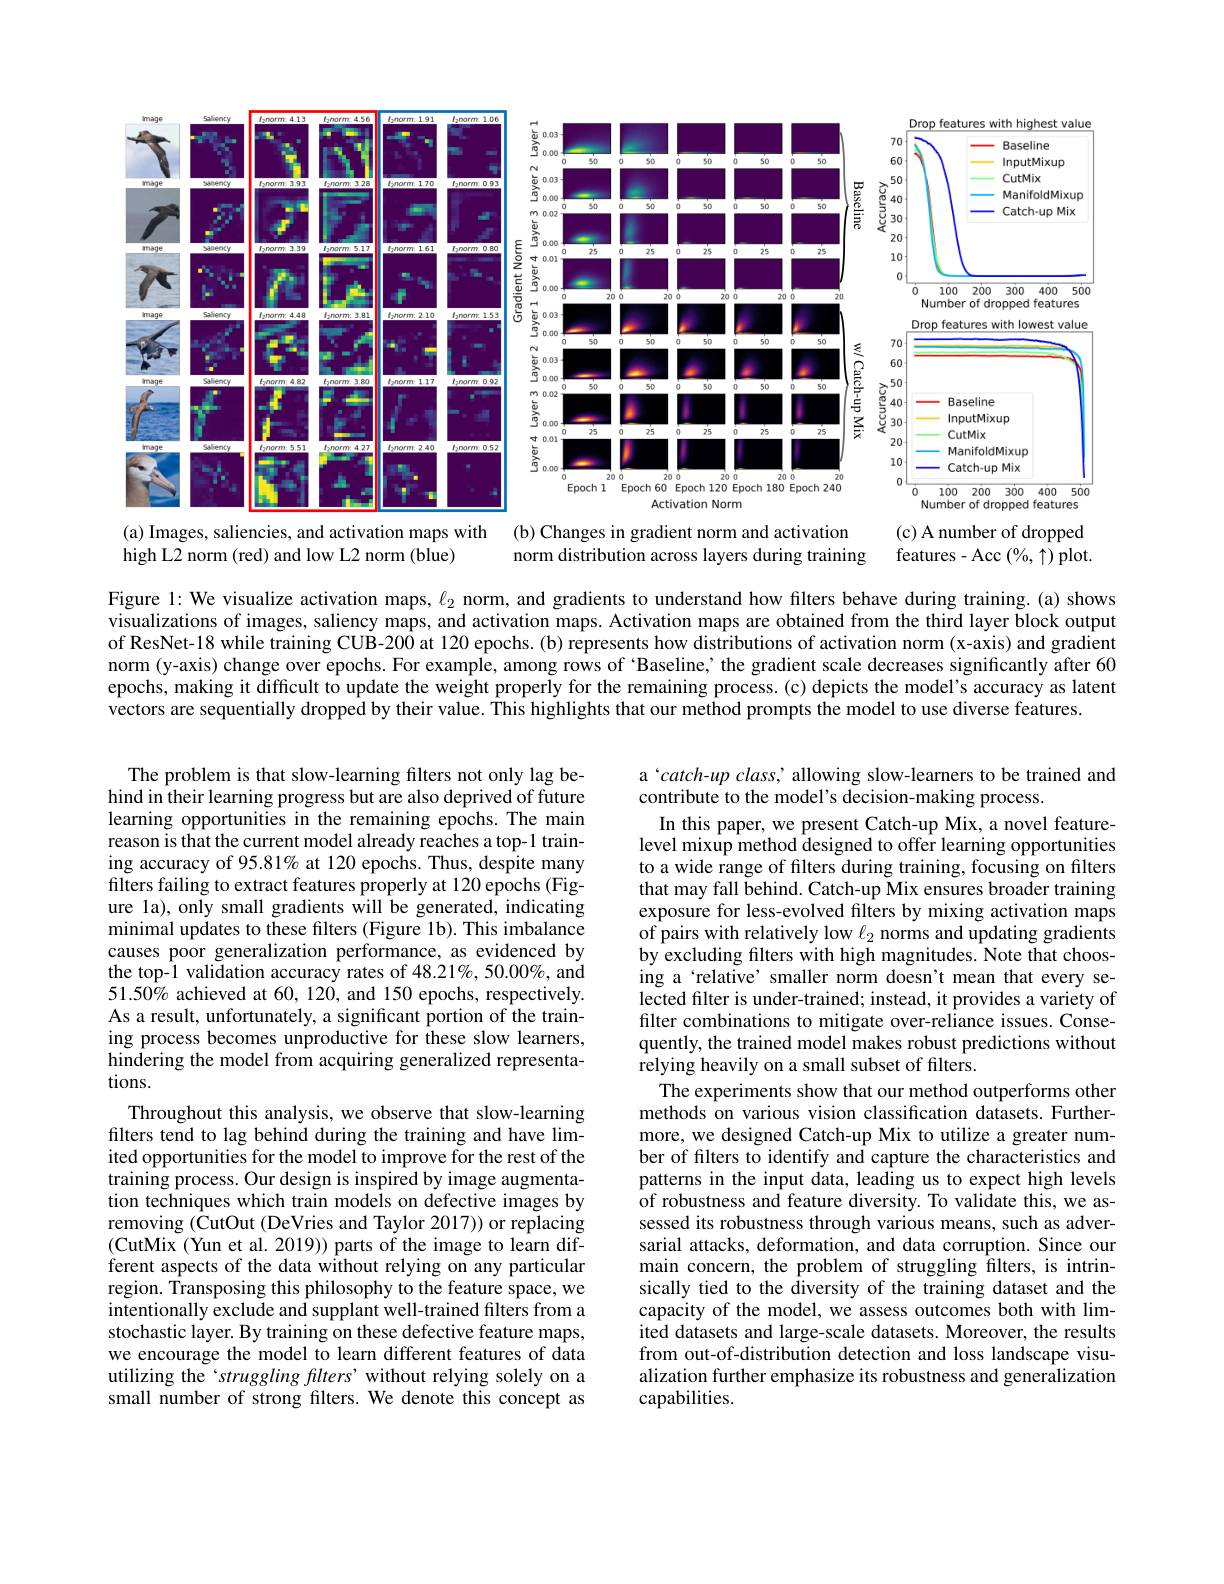
<FigureHere>
(a) Images, saliencies, and activation maps with (b) Changes in gradient norm and activation
(c) A number of dropped

features-Acc $(\%,\uparrow)$ plot.
high L2 norm (red) and low L2 norm (blue)
norm distribution across layers during training

Figure 1: We visualize activation maps, $\ell_2$ norm, and gradients to understand how filters behave during training.(a) shows visualizations of images, saliency maps, and activation maps. Activation maps are obtained from the third layer block output of ResNet-18 while training CUB-200 at 120 epochs. (b) represents how distributions of activation norm (x-axis) and gradient norm (y-axis) change over epochs. For example, among rows of ‘Baseline; the gradient scale decreases significantly after 60 epochs, making it difficult to update the weight properly for the remaining process.(c) depicts the model's accuracy as latent vectors are sequentially dropped by their value. This highlights that our method prompts the model to use diverse features.

a 'catch-up class, ' allowing slow-learners to be trained and
contribute to the model's decision-making process.
In this paper, we present Catch-up Mix, a novel featurelevel mixup method designed to offer learning opportunities to a wide range of filters during training, focusing on filters that may fall behind. Catch-up Mix ensures broader training exposure for less-evolved filters by mixing activation maps of pairs with relatively low $\ell_2$ norms and updating gradients by excluding filters with high magnitudes. Note that choosing a‘relative’ smaller norm doesn't mean that every selected filter is under-trained; instead, it provides a variety of filter combinations to mitigate over-reliance issues. Consequently, the trained model makes robust predictions without relying heavily on a small subset of filters.
The experiments show that our method outperforms other methods on various vision classification datasets.Furthermore, we designed Catch-up Mix to utilize a greater number of filters to identify and capture the characteristics and patterns in the input data, leading us to expect high levels of robustness and feature diversity. To validate this, we assessed its robustness through various means, such as adversarial attacks, deformation, and data corruption. Since our main concern, the problem of struggling filters, is intrinsically tied to the diversity of the training dataset and the capacity of the model, we assess outcomes both with limited datasets and large-scale datasets. Moreover, the results from out-of-distribution detection and loss landscape visualization further emphasize its robustness and generalization capabilities.

The problem is that slow-learning filters not only lag behind in their learning progress but are also deprived of future learning opportunities in the remaining epochs. The main reason is that the current model already reaches a top-1 training accuracy of 95.81% at 120 epochs. Thus, despite many filters failing to extract features properly at 120 epochs (Figure la), only small gradients will be generated, indicating minimal updates to these filters (Figure 1b). This imbalance causes poor generalization performance, as evidenced by the top-1 validation accuracy rates of 48.21%, 50.00%, and $51.50\%$ achieved at 60, 120, and 150 epochs, respectively. As a result, unfortunately, a significant portion of the training process becomes unproductive for these slow learners, hindering the model from acquiring generalized representations.
Throughout this analysis, we observe that slow-learning filters tend to lag behind during the training and have limited opportunities for the model to improve for the rest of the training process. Our design is inspired by image augmentation techniques which train models on defective images by removing (CutOut (DeVries and Taylor 2017)) or replacing (CutMix (Yun et al. 2019)) parts of the image to learn different aspects of the data without relying on any particular region. Transposing this philosophy to the feature space, we intentionally exclude and supplant well-trained filters from a stochastic layer. By training on these defective feature maps, we encourage the model to learn different features of data utilizing the‘struggling filters’ without relying solely on a small number of strong filters. We denote this concept as